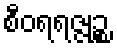
စီဝရရဇ္ဇုဉ္စ